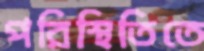
পরিস্থিতিতে